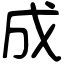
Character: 成